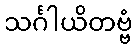
သင်္ဂါယိတဗ္ဗံ